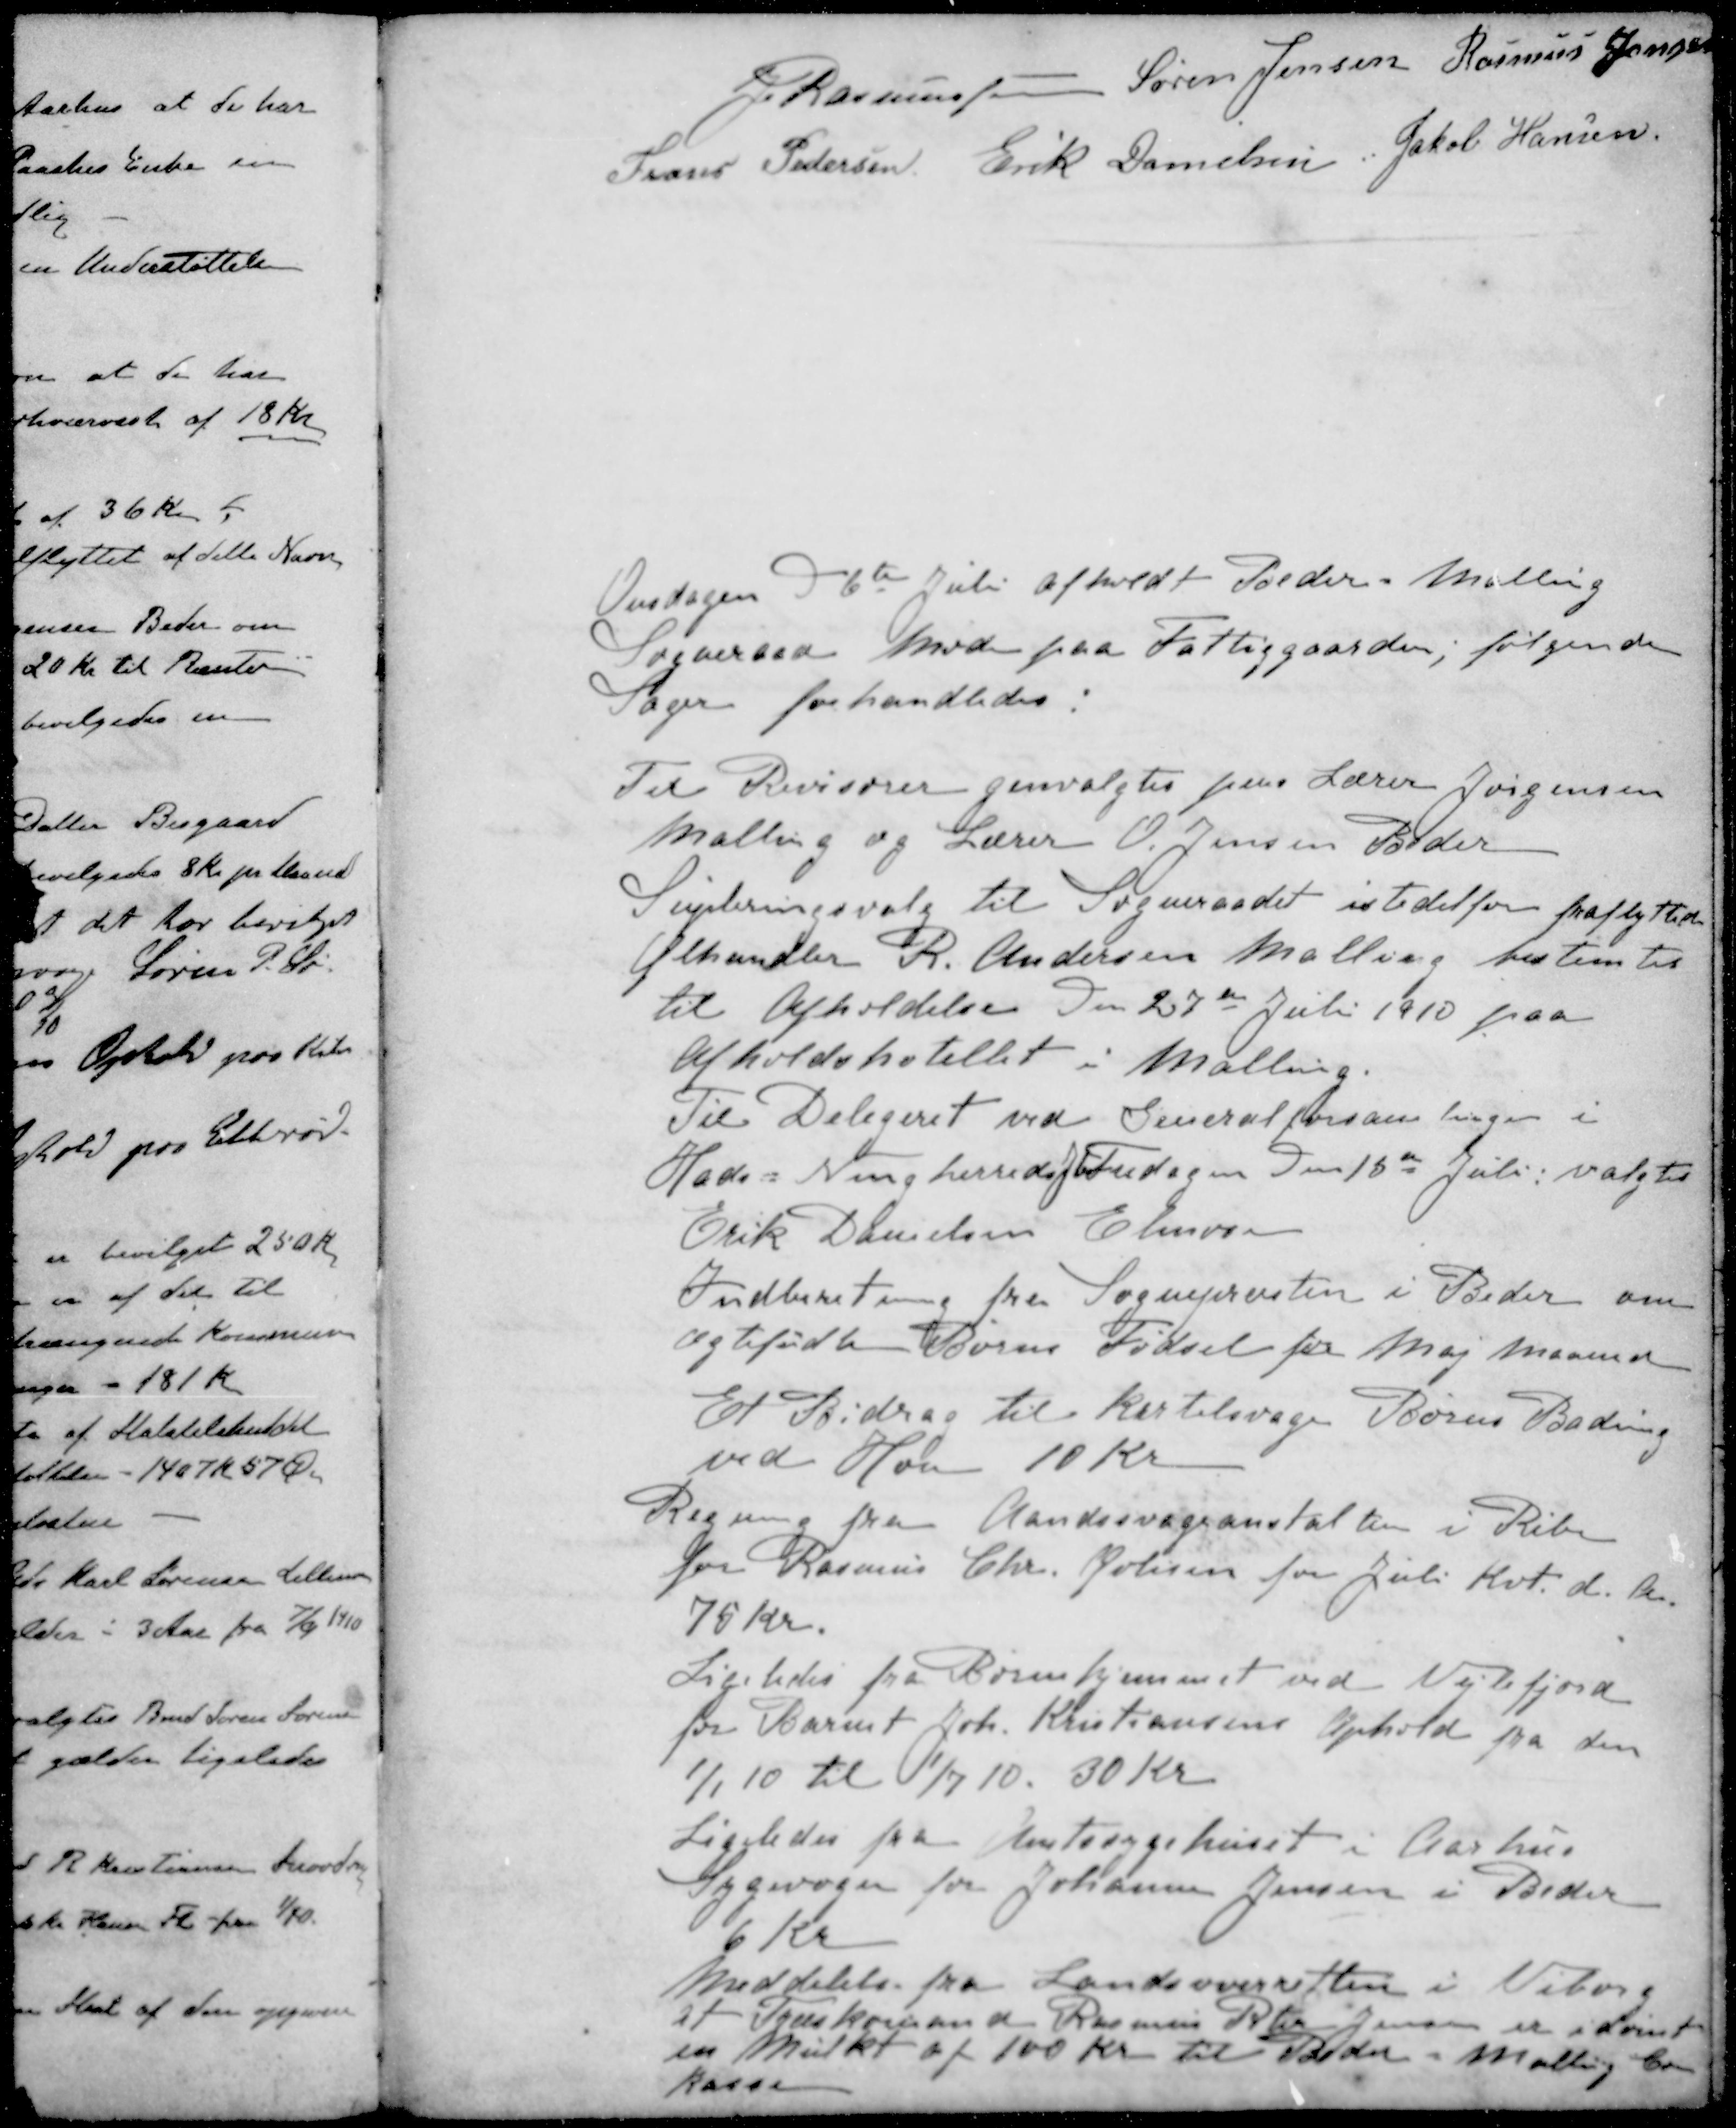
Transskription:
J Rasmussen
Søren Jensen
Rasmus Jensen
Frans Pedersen
Erik Danielsen
Jakob Hansen
Onsdagen d. 6te Juli afholdt Beder-Malling
Sogneraad Møde paa Fattiggaarden; følgende
Sager forhandledes:
Til Revisorer genvalgtes pens Lærer Jørgensen
Malling og Lærer O. Jensen Beder
Supleringsvalg til Sogneraadet istedetfor fraflyttede
Ølhandler R. Andersen Malling bestemtes
til Afholdelse den 27de Juli 1910 paa
Afholdshotellet i Malling.
Til Delegeret ved Generalforsamlingen i
Hads: Ning herreds Jb Fredagen den 15de Juli valgtes
Erik Danielsen Elmose
Indberetning fra Sognepræsten i Beder om
ægtefødte Børns Fødsel for Maj Maaned
Et Bidrag til Kirtelsvage Børns Badning
ved Hou 10 Kr
Regning fra Aandssvageanstalten i Ribe
for Rasmus Chr. Øvlisen for Juli Kvt. d. A.
75 kr.
Ligeledes fra Børnehjemmet ved Vejlefjord
for Barnet Joh. Kristiansens Ophold fra den
1/1 10 til 1/7 10. 30 Kr
Ligeledes fra Amtssygehuset i Aarhus
Sygevogen for Johannes Jensen i Beder
6 Kr.
Meddelelse fra Landsoverretten i Viborg
at Træskomand Rasmus Peter Jensen er idømt
en Mulkt af 100 Kr til Beder - Malling 
kasse